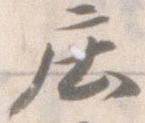
庄